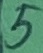
Text: 5